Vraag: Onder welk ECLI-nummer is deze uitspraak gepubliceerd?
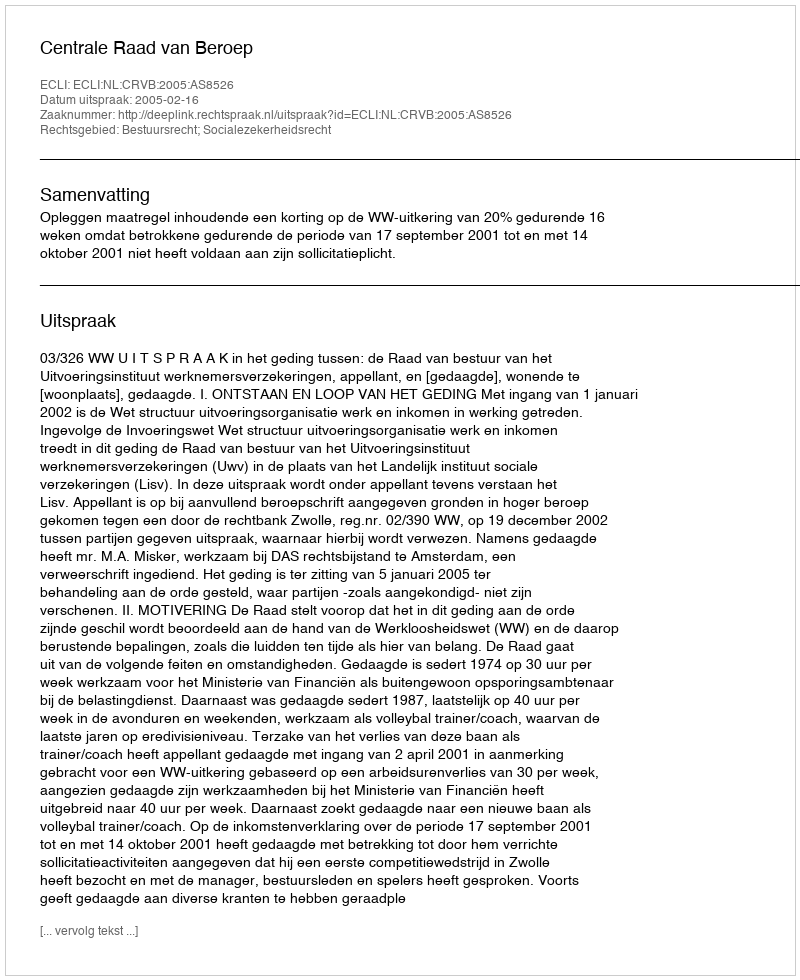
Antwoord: ECLI:NL:CRVB:2005:AS8526